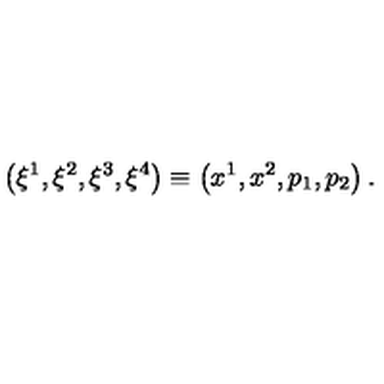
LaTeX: \left( \xi ^ { 1 } , \xi ^ { 2 } , \xi ^ { 3 } , \xi ^ { 4 } \right) \equiv \left( x ^ { 1 } , x ^ { 2 } , p _ { 1 } , p _ { 2 } \right) .